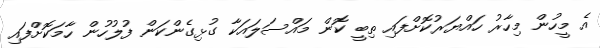
އެ މީހުން މިހާރު ހައްޔަރުކޮށްފައި ތިބީ ކޮން މައްސަލައަކާ ގުޅިގެންކަން ފުލުހުން ހާމަކޮށްފައި